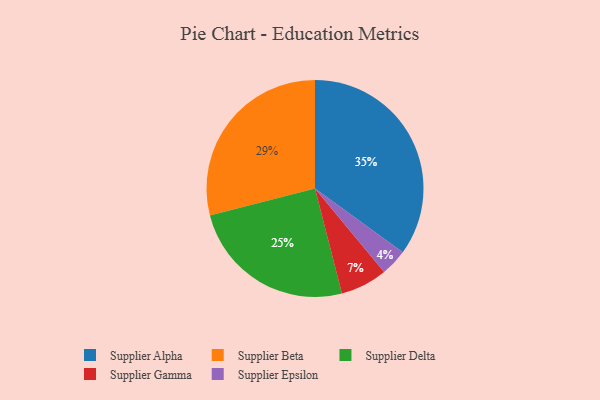
{"axis": {"x": "Category", "y": "Percentage"}, "legend": ["Supplier Alpha", "Supplier Beta", "Supplier Delta", "Supplier Epsilon", "Supplier Gamma"], "data": [{"x": "Supplier Alpha", "y": 35, "type": "Supplier Alpha"}, {"x": "Supplier Gamma", "y": 7, "type": "Supplier Gamma"}, {"x": "Supplier Epsilon", "y": 4, "type": "Supplier Epsilon"}, {"x": "Supplier Delta", "y": 25, "type": "Supplier Delta"}, {"x": "Supplier Beta", "y": 29, "type": "Supplier Beta"}]}